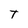
Character: T